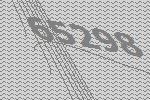
65298